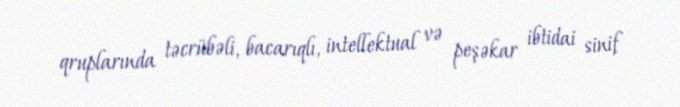
qruplarında təcrübəli, bacarıqlı, intellektual və peşəkar ibtidai sinif